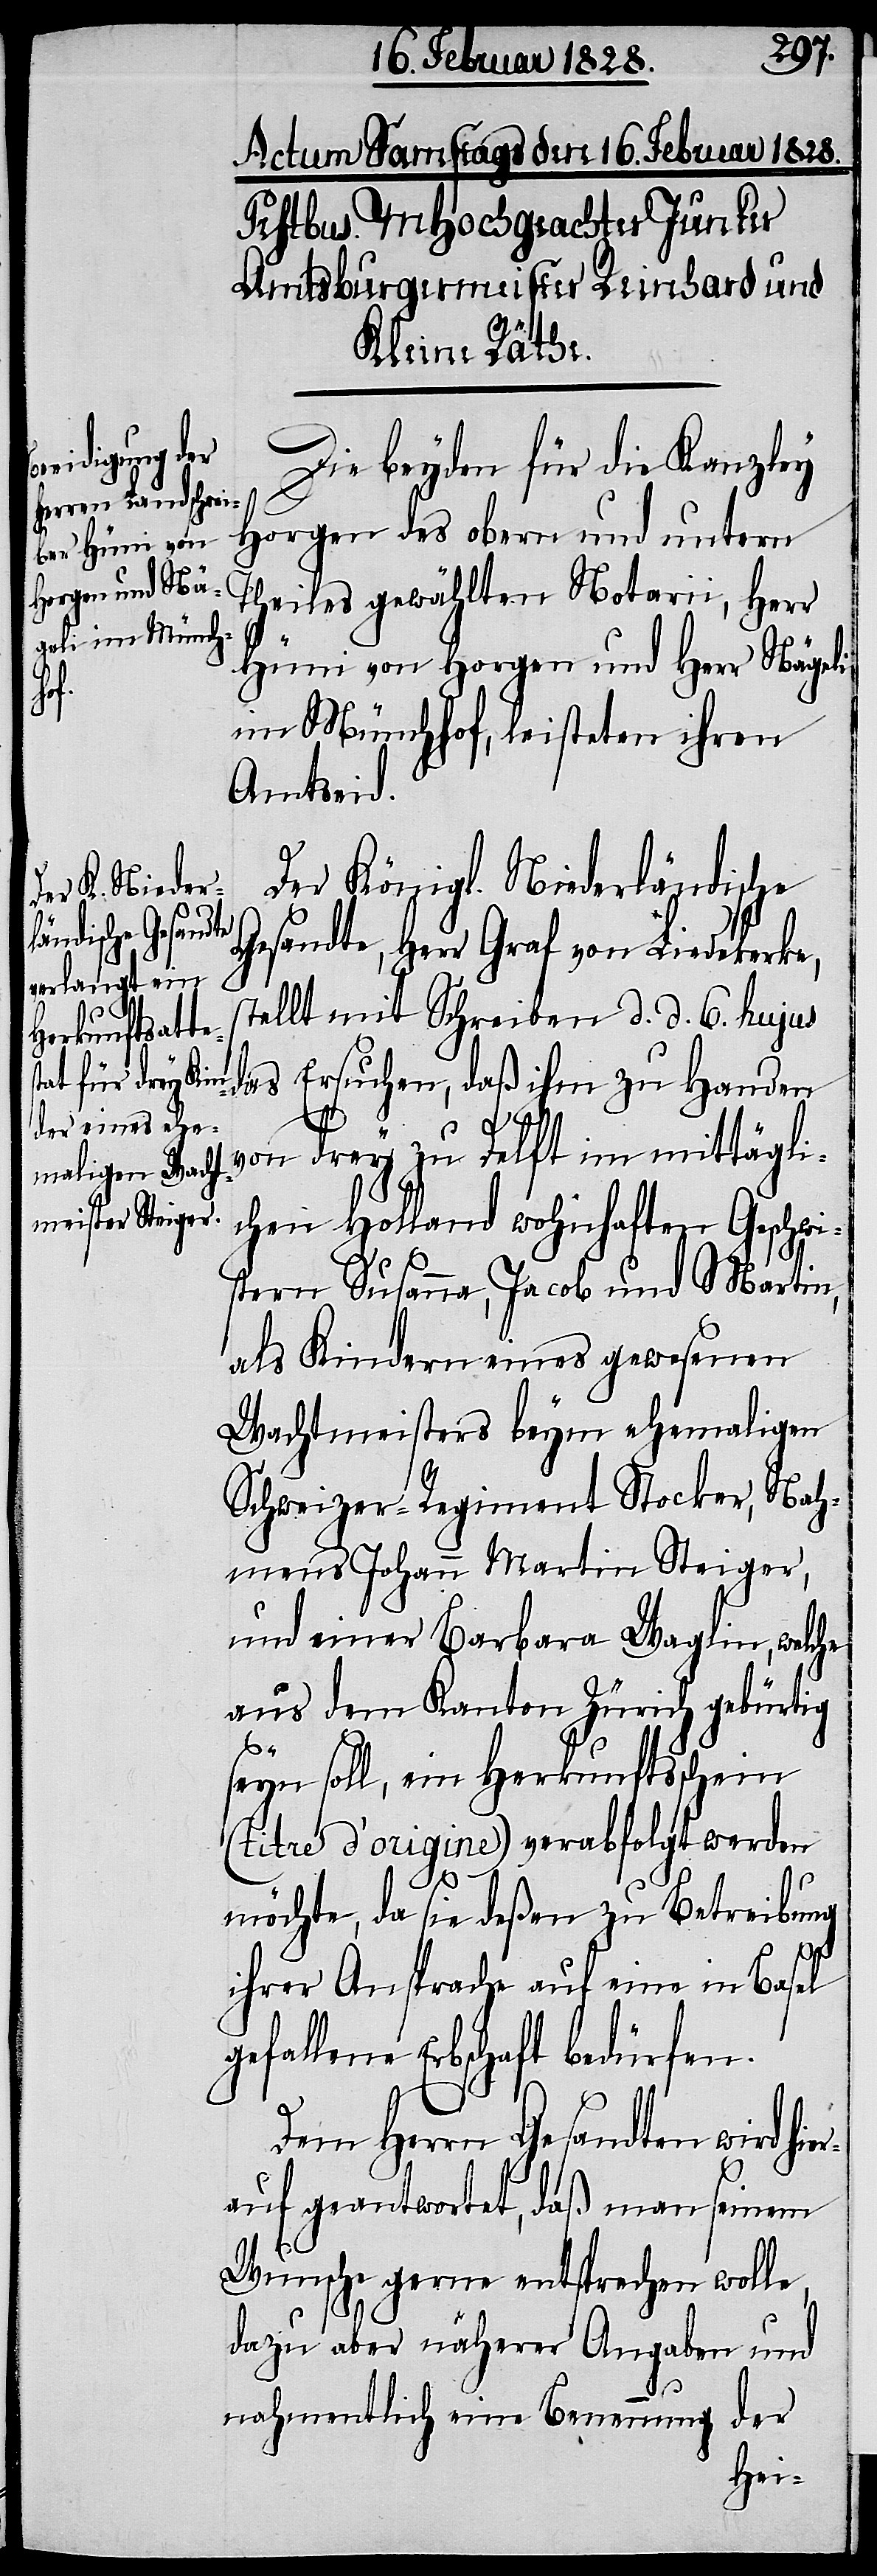
Die beyden für die Kanzley
Horgen des obern und untern
Theiles gewählten Notarii, Herr
Hüni von Horgen und Herr Nägeli
im Münchhof, leisteten ihren
Amtseid.
Der Königl. Niederländische
Gesandte, Herr Graf von Liedekerke,
stellt mit Schreiben d. d. 6. hujus
Ersuchen, daß ihm zu Handen
das
von drey zu Delft im mittägli¬
chen Holland wohnhaften Geschwi¬
stern Susanna, Jacob und Martin
als Kindern eines gewesenen
Wachtmeisters beym ehemaligen
Schweizer-Regiment Stocker, Nah¬
mens Johann Martin Steiger,
und einer Barbara Waglin, welche
aus dem Kanton Zürich gebürtig
seyn soll, ein Herkunftsschein
(titre d’origine) verabfolgt werden
möchte, da sie deßen zu Betreibung
ihrer Ansprache auf eine in Basel
gefallene Erbschaft bedürfen.
Dem Herrn Gesandten wird hie¬
rauf geantwortet, daß man seinem
Wunsche gerne entsprechen wolle,
dazu aber näherer Angaben und
nahmentlich eine Benennung der